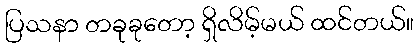
ပြသနာ တခုခုတော့ ရှိလိမ့်မယ် ထင်တယ်။